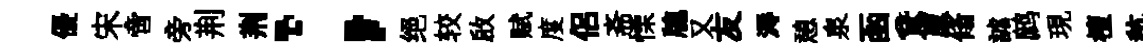
優宋啻旁荆荆；绝较啟赋度侣斋慄牕又友溽憩泉函鵞廩翛謔鹧現檀秔